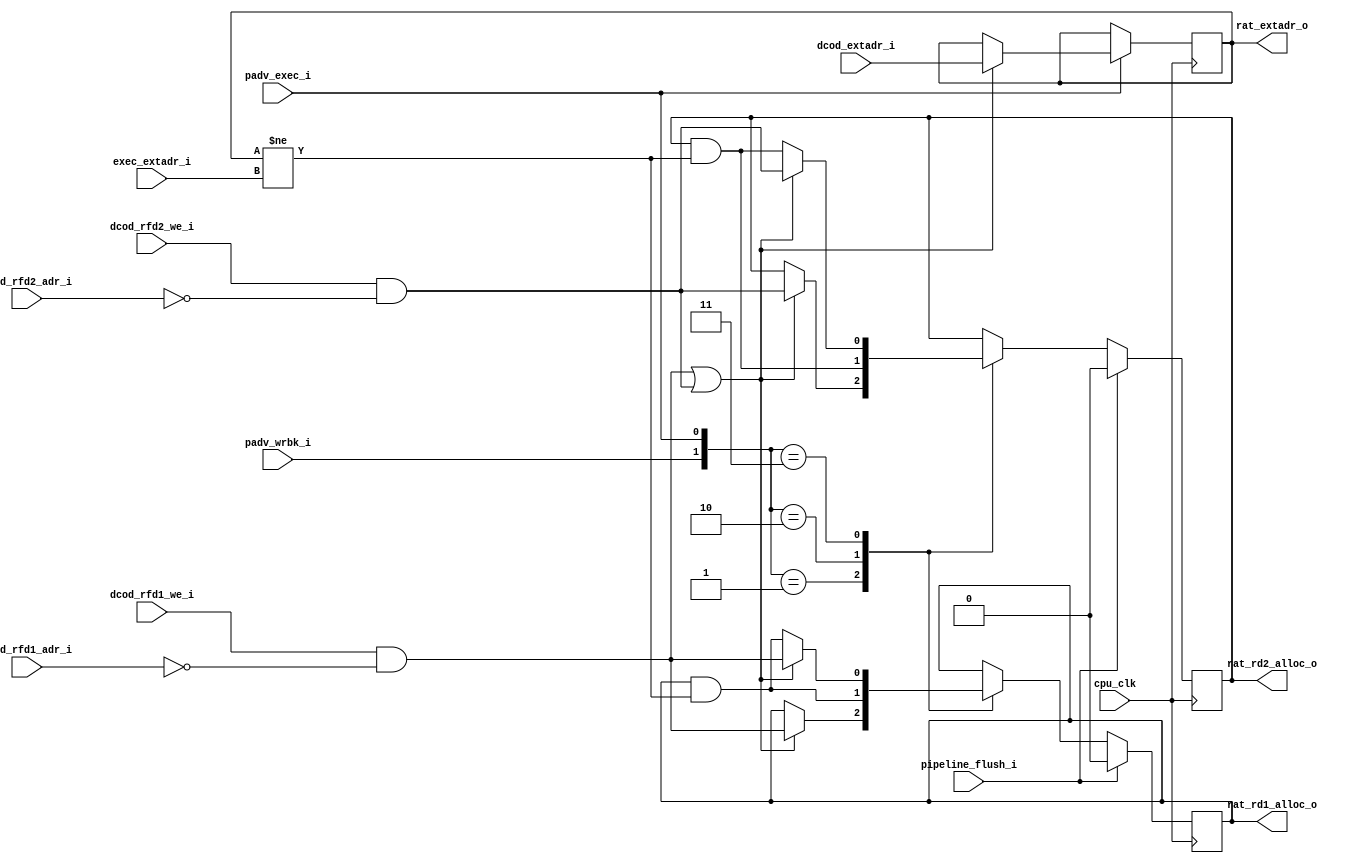
module or1k_marocchino_rat_cell
#(
  parameter OPTION_RF_ADDR_WIDTH =  5,
  parameter DEST_EXTADR_WIDTH    =  3,
  parameter GPR_ADDR             =  0
)
(
  // clock & reset
  input                                 cpu_clk,

  // pipeline control
  input                                 padv_exec_i,
  input                                 padv_wrbk_i,
  input                                 pipeline_flush_i,

  // input allocation information
  //  # allocated as D1
  input                                 dcod_rfd1_we_i,
  input      [OPTION_RF_ADDR_WIDTH-1:0] dcod_rfd1_adr_i,
  //  # allocated as D2
  input                                 dcod_rfd2_we_i,
  input      [OPTION_RF_ADDR_WIDTH-1:0] dcod_rfd2_adr_i,
  //  # allocation id
  input         [DEST_EXTADR_WIDTH-1:0] dcod_extadr_i,

  // input to clear allocation bits
  input         [DEST_EXTADR_WIDTH-1:0] exec_extadr_i,

  // output allocation information
  output reg                            rat_rd1_alloc_o,      // allocated by D1
  output reg                            rat_rd2_alloc_o,      // allocated by D2
  output reg    [DEST_EXTADR_WIDTH-1:0] rat_extadr_o          // allocation ID
);

  localparam [OPTION_RF_ADDR_WIDTH-1:0] GPR_ADR = GPR_ADDR;

  // set allocation flags
  wire set_rd1_alloc = dcod_rfd1_we_i & (dcod_rfd1_adr_i == GPR_ADR);
  wire set_rd2_alloc = dcod_rfd2_we_i & (dcod_rfd2_adr_i == GPR_ADR);
  wire set_rdx_alloc = (set_rd1_alloc | set_rd2_alloc);

  // condition to keep allocation flags at write-back
  wire rat_alloc_at_wrbk     = (rat_extadr_o != exec_extadr_i);
  // next values of allocation flags at write-back
  wire rat_rd1_alloc_at_wrbk = rat_rd1_alloc_o & rat_alloc_at_wrbk;
  wire rat_rd2_alloc_at_wrbk = rat_rd2_alloc_o & rat_alloc_at_wrbk;

  // allocation flags
  always @(posedge cpu_clk) begin
    if (pipeline_flush_i) begin
      rat_rd1_alloc_o <= 1'b0;
      rat_rd2_alloc_o <= 1'b0;
    end
    else begin
      case ({padv_wrbk_i, padv_exec_i})
        // keep state
        2'b00: begin
        end
        // advance EXECUTE only
        2'b01: begin
          rat_rd1_alloc_o <= set_rdx_alloc ? set_rd1_alloc : rat_rd1_alloc_o;
          rat_rd2_alloc_o <= set_rdx_alloc ? set_rd2_alloc : rat_rd2_alloc_o;
        end
        // advance WriteBack only
        2'b10: begin
          rat_rd1_alloc_o <= rat_rd1_alloc_at_wrbk;
          rat_rd2_alloc_o <= rat_rd2_alloc_at_wrbk;
        end
        // advance EXECUTE and WriteBack simultaneously
        2'b11: begin
          rat_rd1_alloc_o <= set_rdx_alloc ? set_rd1_alloc : rat_rd1_alloc_at_wrbk;
          rat_rd2_alloc_o <= set_rdx_alloc ? set_rd2_alloc : rat_rd2_alloc_at_wrbk;
        end
      endcase
    end // regular update
  end // at clock

  // extension bits
  always @(posedge cpu_clk) begin
    if (padv_exec_i)
      rat_extadr_o <= set_rdx_alloc ? dcod_extadr_i : rat_extadr_o;
  end

endmodule